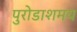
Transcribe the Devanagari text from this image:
पुरोडाशमय